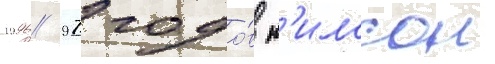
1996/ 97 годо́в н'илссон